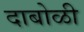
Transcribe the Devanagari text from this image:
दाबोळी